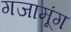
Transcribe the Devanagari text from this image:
गजामूंग